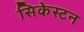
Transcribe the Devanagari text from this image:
सिकेस्टन